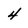
Character: 4